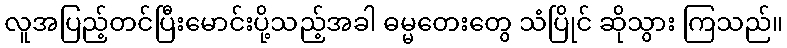
လူအပြည့်တင်ပြီးမောင်းပို့သည့်အခါ ဓမ္မတေးတွေ သံပြိုင် ဆိုသွား ကြသည်။